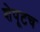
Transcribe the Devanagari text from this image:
शेपूटच